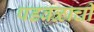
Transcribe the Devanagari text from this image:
पडवळाची